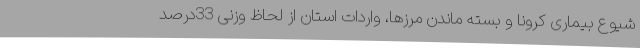
شیوع بیماری کرونا و بسته ماندن مرزها، واردات استان از لحاظ وزنی 33درصد